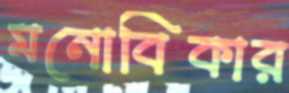
মনোবিকার